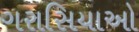
ગરાસિયાઓ